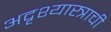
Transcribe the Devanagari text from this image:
अदृश्यास्त्राची